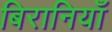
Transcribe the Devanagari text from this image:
बिरानियाँ